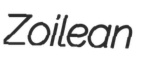
Zoilean